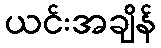
ယင်းအချိန်